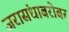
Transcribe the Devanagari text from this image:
जरासंधाबरोबर